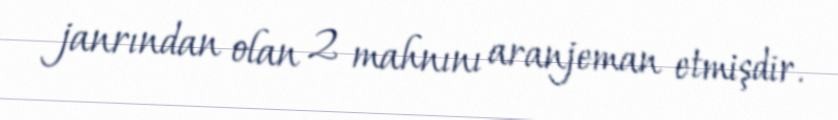
janrından olan 2 mahnını aranjeman etmişdir.